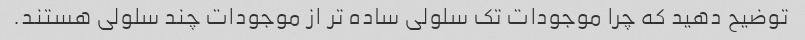
توضیح دهید که چرا موجودات تک سلولی ساده تر از موجودات چند سلولی هستند.